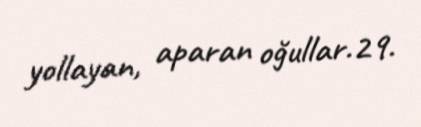
yollayan, aparan oğullar.29.